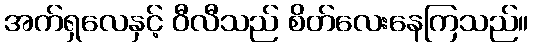
အက်ရှလေနှင့် ဝီလီသည် စိတ်လေးနေကြသည်။